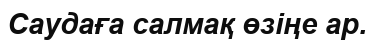
Саудаға салмақ өзіңе ар.